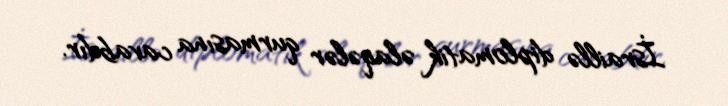
İsraillə diplomatik əlaqələr qurmasına cavabdır.